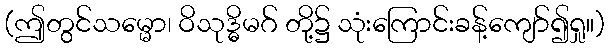
(ဤတွင်သမ္မော၊ ဝိသုဒ္ဓိမဂ် တို့၌ သုံးကြောင်းခန့်ကျော်၍ရှု။)